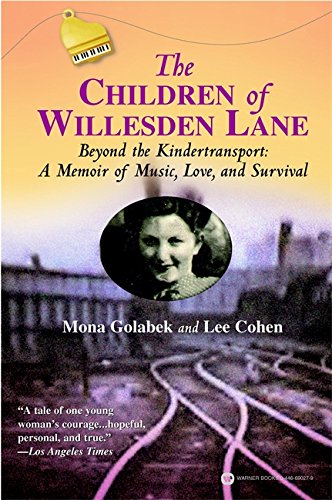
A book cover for The Children of Willesden Lane: Beyond the Kindertransport:  A Memoir of Music, Love, and Survival; Mona Golabek; Biographies & Memoirs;